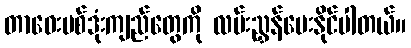
တာဝေးပစ်ဒုံးကျည်တွေကို လမ်းညွှန်ပေးနိုင်ပါတယ်။